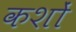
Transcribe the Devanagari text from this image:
कशों